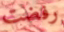
رفضت